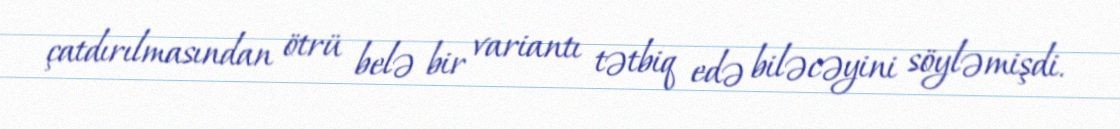
çatdırılmasından ötrü belə bir variantı tətbiq edə biləcəyini söyləmişdi.